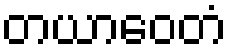
တယာဝေတံ